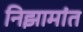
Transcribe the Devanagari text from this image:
निझामांत